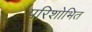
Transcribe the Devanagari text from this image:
परिशोभित